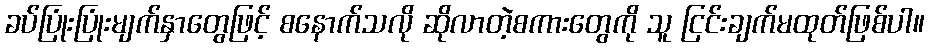
ခပ်ပြုံးပြုံးမျက်နှာတွေဖြင့် စနောက်သလို ဆိုလာတဲ့စကားတွေကို သူ ငြင်းချက်မထုတ်ဖြစ်ပါ။